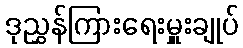
ဒုညွှန်ကြားရေးမှူးချုပ်